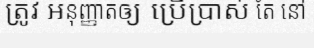
ត្រូវ អនុញ្ញាតឲ្យ ប្រើប្រាស់ តែ នៅ